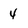
Character: 4